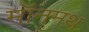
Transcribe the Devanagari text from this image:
मॉनमथ